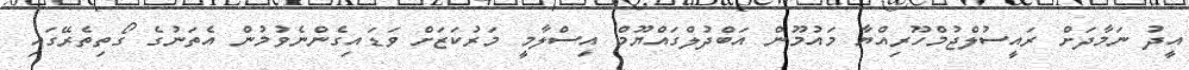
އީދު ނަމާދަށް ރައީސުލްޖުމްހޫރިއްޔާ މައުމޫން އަބްދުލްގައްޔޫމް އިސްލާމީ މަރުކަޒަށް ވަޑައިގެންނެވުމުން އެތަނުގެ ގޯތިތެރޭގައި